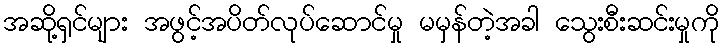
အဆို့ရှင်များ အဖွင့်အပိတ်လုပ်ဆောင်မှု မမှန်တဲ့အခါ သွေးစီးဆင်းမှုကို